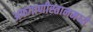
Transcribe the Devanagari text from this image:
अफगाणीस्तानमध्ये